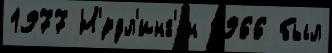
1977 Н'́рдл'инг'ен 1966 был